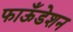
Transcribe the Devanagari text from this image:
फाऊँडेशन